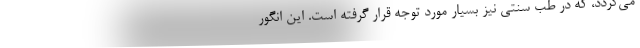
می‌گردد، که در طب سنتی نیز بسیار مورد توجه قرار گرفته است. این انگور